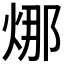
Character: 𭴴